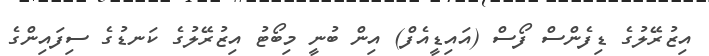
އިޒުރޭލުގެ ޑިފެންސް ފޯސް (އައިޑީއެފް) އިން ބުނީ މިބޯޓު އިޒުރޭލުގެ ކަނޑުގެ ސިފައިންގެ